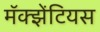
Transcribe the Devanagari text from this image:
मॅक्झेंटियस